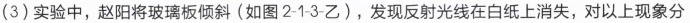
(3)实验中，赵阳将玻璃板倾斜(如图2-1-3-乙)，发现反射光线在白纸上消失，对以上现象分